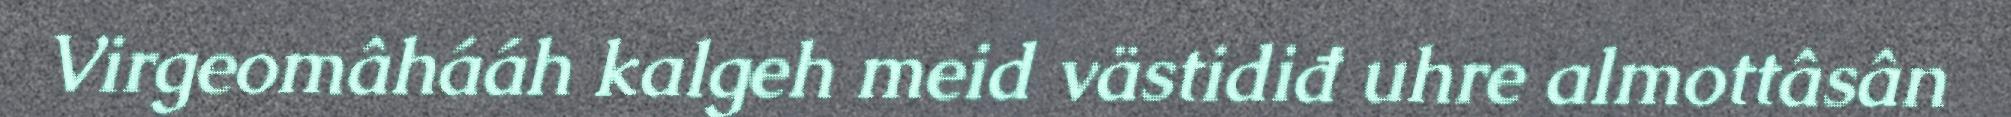
Virgeomâhááh kalgeh meid västidiđ uhre almottâsân